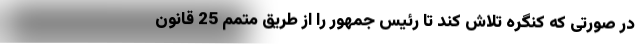
در صورتی که کنگره تلاش کند تا رئیس جمهور را از طریق متمم 25 قانون